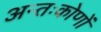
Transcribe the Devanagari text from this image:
अन्तःकोणों